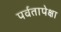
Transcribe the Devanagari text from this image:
पर्वतापेक्षा